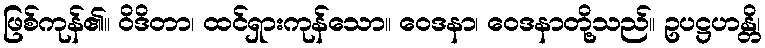
ဖြစ်ကုန်၏။ ဝိဒိတာ၊ ထင်ရှားကုန်သော။ ဝေဒနာ၊ ဝေဒနာတို့သည်။ ဥပဋ္ဌဟန္တိ၊